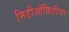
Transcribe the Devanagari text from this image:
मिडीऑक्रिटीचा